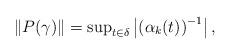
LaTeX: \begin{align*}\left\Vert P(\gamma)\right\Vert =\sup\nolimits_{t\in\delta}\left\vert \left(\alpha_{k}(t)\right) ^{-1}\right\vert ,\end{align*}